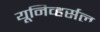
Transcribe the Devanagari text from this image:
यूनिव्हर्सल